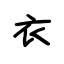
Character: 衣